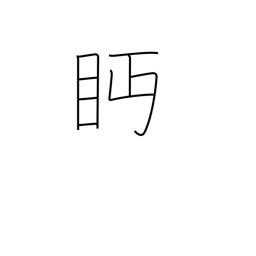
Meaning: looking askance